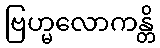
ဗြဟ္မလောကန္တိ